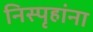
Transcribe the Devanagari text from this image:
निस्पृहांना